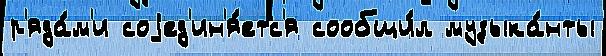
р'яда́м'и соjед'ин'я́етс'я сообщи́л музыка́нты